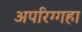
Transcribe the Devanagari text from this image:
अपरिग्गहा